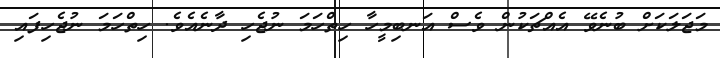
މަޖަލަކަށް ބުނެވޭ އެއްޗަކުން ވެސް އަނބިމީހާ ހިތްހަމަ ނުޖެހި ދާނެއެވެ. ހިތްހަމަ ނުޖެހިފައި